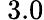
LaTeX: \ 3.0